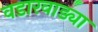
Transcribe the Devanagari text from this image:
वडारवाड्या